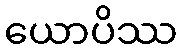
ယောပိဿ